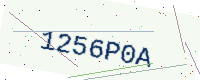
Text: 1256P0A